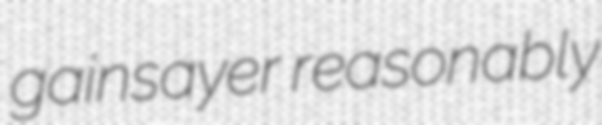
gainsayer reasonably